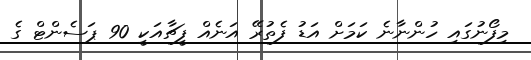
މިފޯނުގައި ހުންނާނެ ކަމަށް އަޑު ފެތުރޭ އަނެއް ފީޗާއަކީ 90 ޕަސެންޓް ގެ